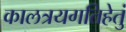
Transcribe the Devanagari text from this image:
कालत्रयगतिहेतुं